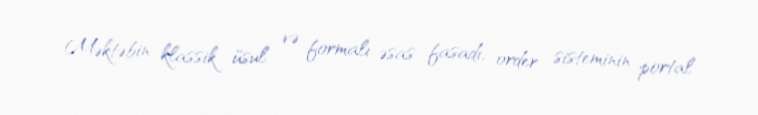
Məktəbin klassik üsul və formalı əsas fasadı, order sisteminin portal